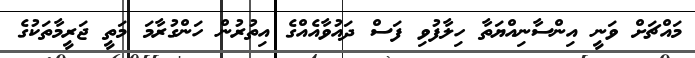
މައްޗަށް ވަނީ އިންސާނިއްޔަތާ ހިލާފުވި ފަސް ދައުވާއެއްގެ އިތުރުން ހަންގުރާމަ މަތީ ޖަރީމާތަކުގެ